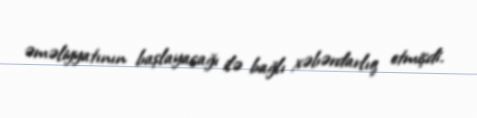
əməliyyatının başlayacağı ilə bağlı xəbərdarlıq etmişdi.